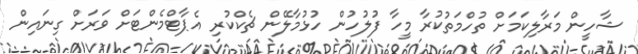
ޝާހީން މަރާލިކަމަށް ތުހްމަތުކުރާ މީހާ ފުލުހުން ހުޅުމާލޭން ޗެކްކުރި އެޕާޓްމެންޓަށް ވަރަށް ގިނައިން